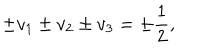
\pm v _ { 1 } \pm v _ { 2 } \pm v _ { 3 } = \pm \frac { 1 } { 2 } ,